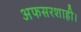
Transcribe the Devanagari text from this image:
अफसरशाही।